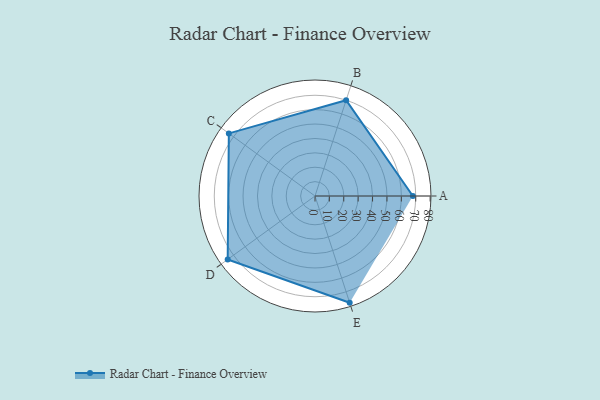
{"axis": {"x": "Skill", "y": "Score"}, "legend": ["Profile"], "data": [{"x": "A", "y": 68.0, "type": "Profile"}, {"x": "B", "y": 70.0, "type": "Profile"}, {"x": "C", "y": 74.0, "type": "Profile"}, {"x": "D", "y": 75.0, "type": "Profile"}, {"x": "E", "y": 78.0, "type": "Profile"}]}